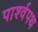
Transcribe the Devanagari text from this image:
पार्श्‍वपथ